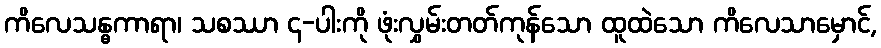
ကိလေသန္ဓကာရာ၊ သစဿာ ၄-ပါးကို ဖုံးလွှမ်းတတ်ကုန်သော ထူထဲသော ကိလေသာမှောင်,